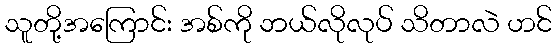
သူတို့အကြောင်း အစ်ကို ဘယ်လိုလုပ် သိတာလဲ ဟင်